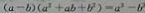
( a - b ) ( a ^ { 2 } + a b + b ^ { 2 } ) = a ^ { 3 } - b ^ { 2 }